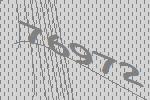
76972